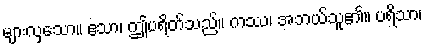
များလှသော။ ဧသာ၊ ဤပရိတ်သည်။ ကဿ၊ အဘယ်သူ၏။ ပရိသာ၊